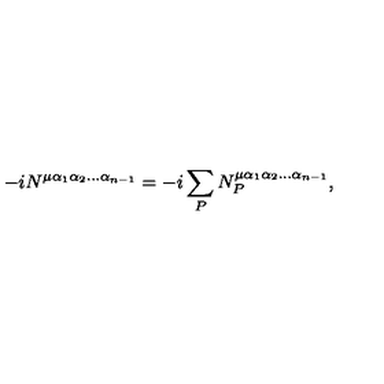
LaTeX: - i N ^ { \mu \alpha _ { 1 } \alpha _ { 2 } \ldots \alpha _ { n - 1 } } = - i \sum _ { P } N _ { P } ^ { \mu \alpha _ { 1 } \alpha _ { 2 } \ldots \alpha _ { n - 1 } } ,